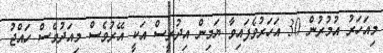
މިއަހަރު އުމުރުން 30 އަހަރުވެފައިވާ ޔަމިން އިދުރީސް އަކީ އޭރުވެސް މިއަދުވެސް ހައްޖު